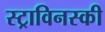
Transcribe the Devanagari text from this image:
स्ट्राविनस्की